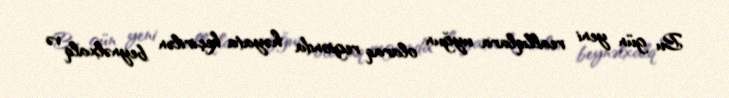
Bu gün yeni reallıqlara uyğun olaraq regionda həyata keçirilən beynəlxalq və